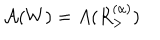
\mathcal { A } ( W ) = A ( R _ { > } ^ { ( \alpha ) } )